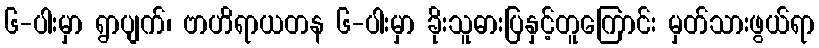
၆-ပါးမှာ ရွာပျက်၊ ဗာဟိရာယတန ၆-ပါးမှာ ခိုးသူဓားပြနှင့်တူကြောင်း မှတ်သားဖွယ်ရာ